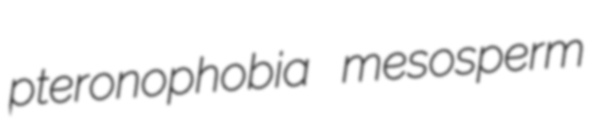
pteronophobia mesosperm